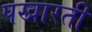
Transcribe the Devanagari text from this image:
पखारती